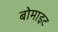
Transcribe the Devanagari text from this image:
बोमाइट